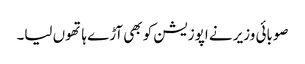
صوبائی وزیر نے اپوزیشن کو بھی آڑے ہاتھوں لیا۔